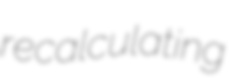
recalculating